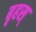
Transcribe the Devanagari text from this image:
बृहस्